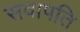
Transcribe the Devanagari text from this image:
सवापति